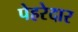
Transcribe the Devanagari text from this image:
पेहरेदार